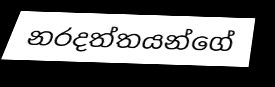
නරදත්තයන්ගේ